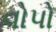
વોપો